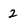
Character: 2